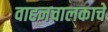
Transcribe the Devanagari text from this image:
वाहनचालकाचे